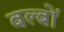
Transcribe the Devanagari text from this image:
बल्‍बों